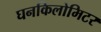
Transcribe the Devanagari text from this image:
घनकिलोमिटर